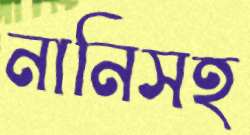
নানিসহ